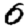
Digit: 0